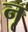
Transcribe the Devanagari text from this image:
नृ